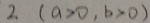
2 ( a > 0 , b > 0 )